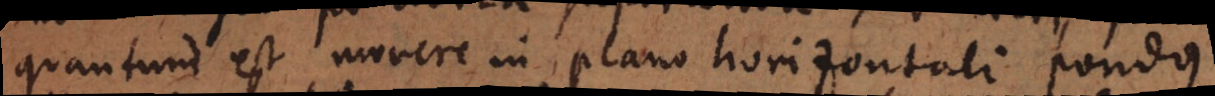
quantum est movere in plano horizontali pondus